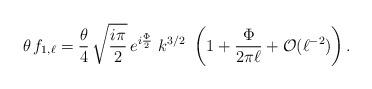
LaTeX: \begin{align*}\theta\, f_{1,\ell}= \frac{\theta}{4}\, \sqrt{\frac{i \pi}{2}} \,e^{ i \frac{\Phi}{2}} \,\, k^{3/2} \,\, \left( 1 + \frac{\Phi}{2 \pi \ell} + {\cal O}(\ell^{-2})\right). \end{align*}